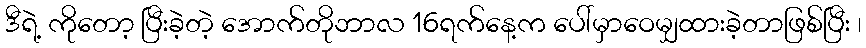
ဒီရဲ့ ကိုတော့ ပြီးခဲ့တဲ့ အောက်တိုဘာလ 16ရက်နေ့က ပေါ်မှာဝေမျှထားခဲ့တာဖြစ်ပြီး ၊